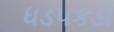
ધડપકડો